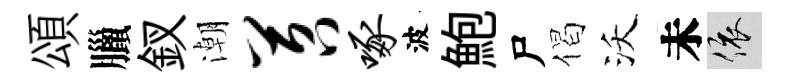
頌臘釵潮苕啄波鮑尸偈沃未依